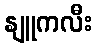
နျူကလီး